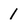
Character: 1